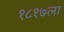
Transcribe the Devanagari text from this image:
१८१७ला